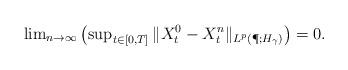
LaTeX: \begin{align*}\lim\nolimits_{n\to \infty}\left(\sup\nolimits_{t\in [0,T]} \| X^0_t - X_t^{n} \|_{L^p(\P; H_\gamma)}\right)=0.\end{align*}